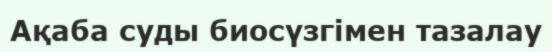
Ақаба суды биосүзгімен тазалау